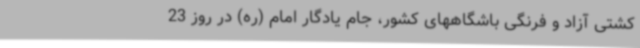
کشتی آزاد و فرنگی باشگاههای کشور، جام یادگار امام (ره) در روز 23